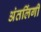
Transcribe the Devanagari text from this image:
अंतलिंगी